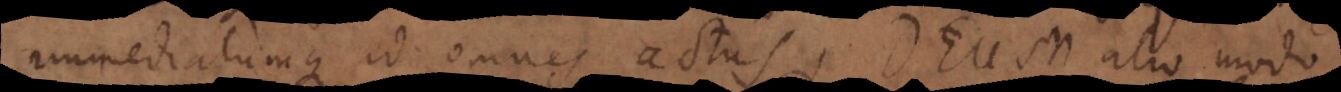
immediatumque ad omnes actus, Deum alio modo